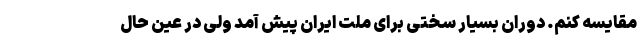
مقایسه کنم. دوران بسیار سختی برای ملت ایران پیش آمد ولی در عین حال